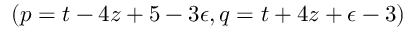
( p = t - 4 z + 5 - 3 \epsilon , q = t + 4 z + \epsilon - 3 )